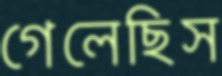
গেলেছিস